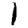
Digit: 1